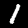
Label: 1